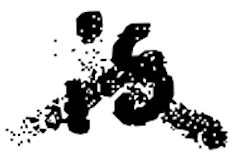
Text: is
Cross-out: cross
Writing tool: digital_black